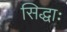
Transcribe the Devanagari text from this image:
सिद्धाः